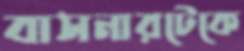
বাসনারটেকে